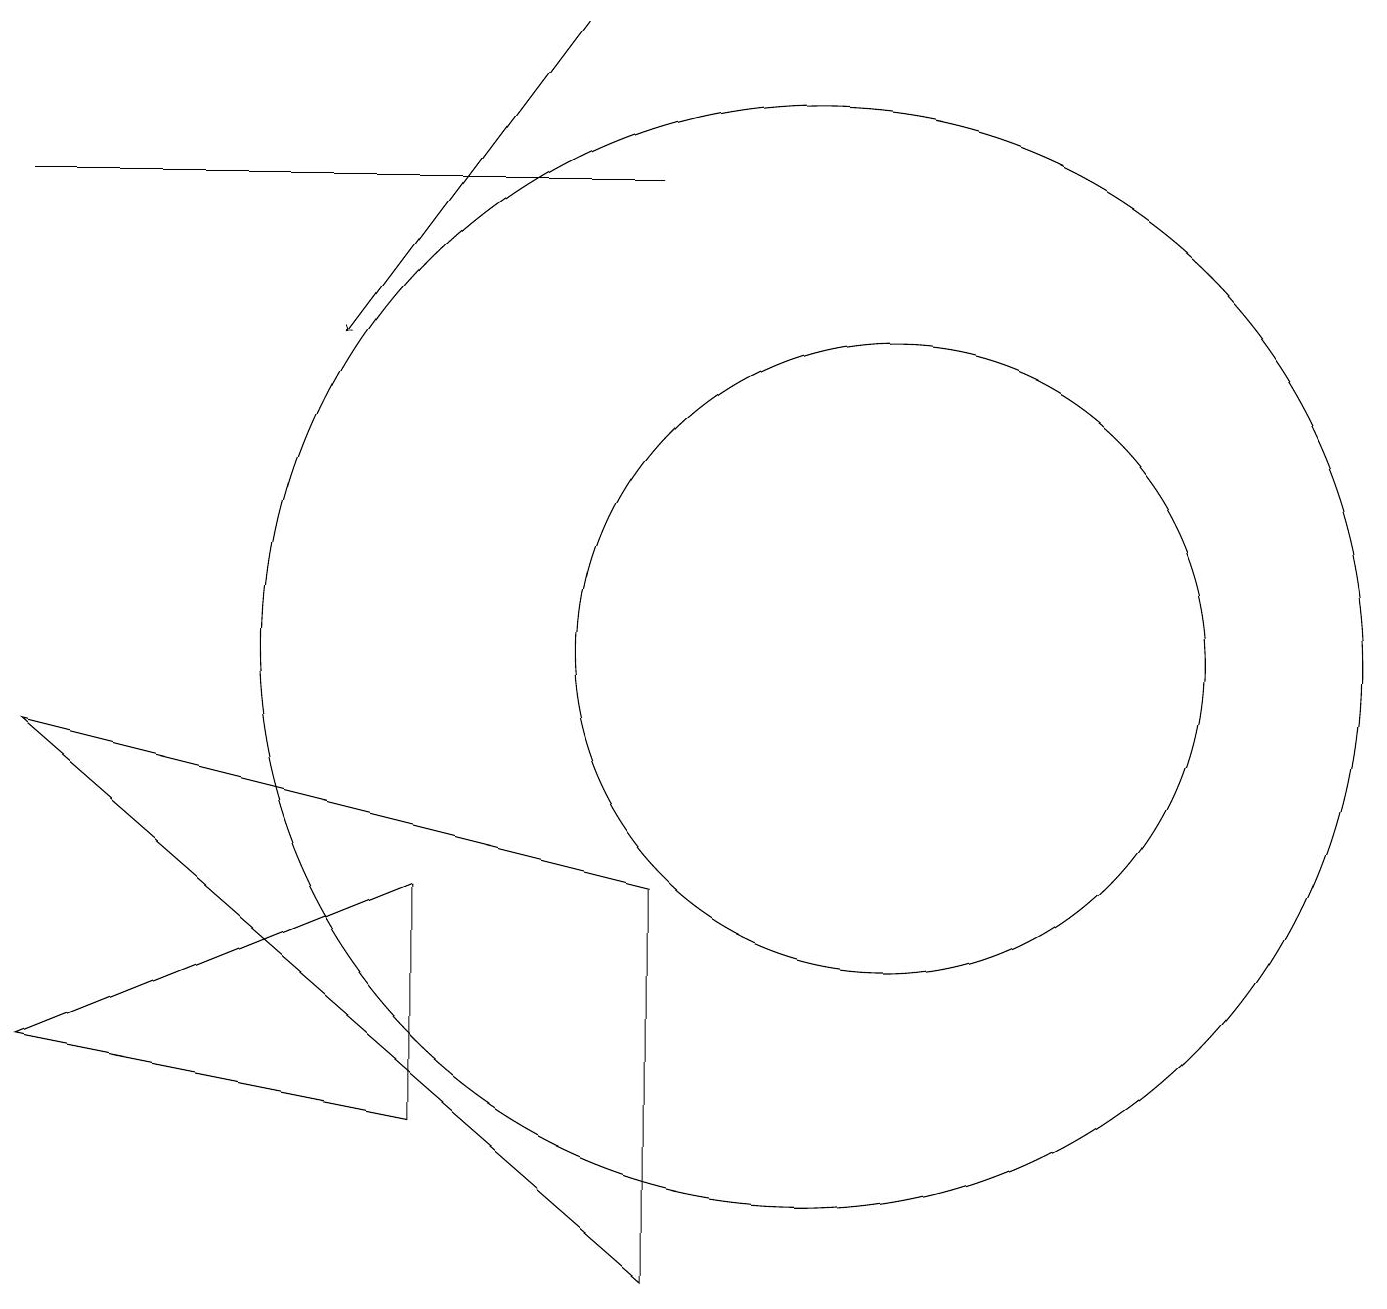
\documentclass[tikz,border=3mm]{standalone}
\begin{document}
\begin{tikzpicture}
\draw (10,10) circle (7);
\draw (11,10) circle (4);
\draw (5,7) -- (0,5) -- (5,4) -- cycle;
\draw (0,16) rectangle (8,16);
\draw (8,2) -- (0,9) -- (8,7) -- cycle;
\draw[->] (7,18) -- (4,14);
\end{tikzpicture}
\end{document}